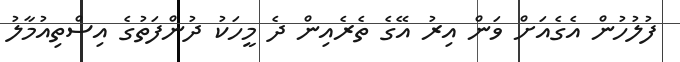
ފުލުހުން އެގެއަށް ވަން އިރު އޭގެ ތެރެއިން ދެ މީހަކު ދުންފަތުގެ އިސްތިއުމާލު